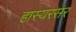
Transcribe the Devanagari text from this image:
हास्यरसर